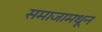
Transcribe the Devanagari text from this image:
समाजामधून